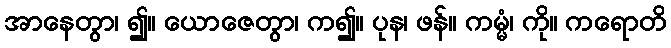
အာနေတွာ၊ ၍။ ယောဇေတွာ၊ က၍။ ပုန၊ ဖန်။ ကမ္မံ၊ ကို။ ကရောတိ